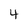
Character: 4